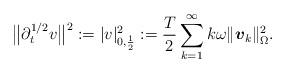
LaTeX: \begin{align*} \big\| \partial^{1/2}_t v \big\| ^2 := |v|_{0,\frac{1}{2}}^2 := \frac{T}{2} \sum_{k=1}^{\infty} k \omega \|\boldsymbol{v}_k\|_{\Omega}^2.\end{align*}